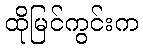
ထိုမြင်ကွင်းက